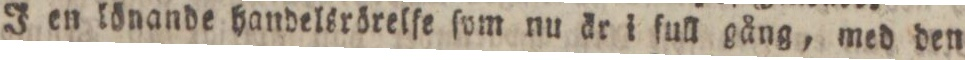
J en lönande handelsrörelſe ſom nu är i full gång, med den